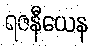
ရဇနီယေန